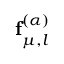
\mathbf { f } _ { \mu , l } ^ { ( \alpha ) }